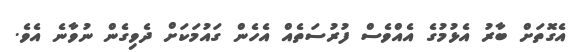
އެގޮތަށް ބާރު އެޅުމުގެ އެއްވެސް ފުރުސަތެއް އެހެން ގައުމަކަށް ދެވިގެން ނުވާނެ އެވެ.